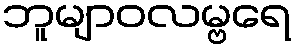
ဘူမျာဝလမ္ဗရေ